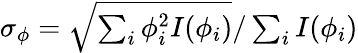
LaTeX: \begin{array}{r}{\sigma_{\phi}=\sqrt{\sum_{i}\phi_{i}^{2}I(\phi_{i})}/\sum_{i}I(\phi_{i})}\end{array}